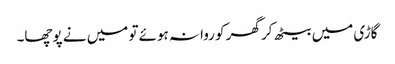
گاڑی میں بیٹھ کر گھر کو روانہ ہوئے تو میں نے پوچھا۔